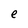
Character: e